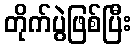
တိုက်ပွဲဖြစ်ပြီး